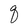
Character: q